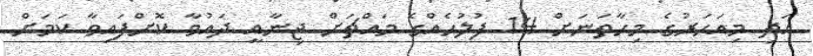
އަދި މިއަހަރުގެ މިހާތަނަށް 14 ފުލުހެއްގެ މައްޗަށް ޖިނާއީ ދައުވާ ކޮށްފައިވާ ކަމަށް